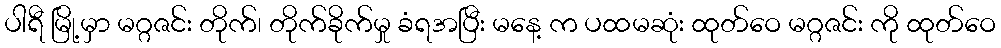
ပါရီ မြို့မှာ မဂ္ဂဇင်း တိုက်၊ တိုက်ခိုက်မှု ခံရအပြီး မနေ့ က ပထမဆုံး ထုတ်ဝေ မဂ္ဂဇင်း ကို ထုတ်ဝေ